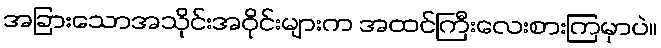
အခြားသောအသိုင်းအဝိုင်းများက အထင်ကြီးလေးစားကြမှာပဲ။